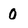
Character: 0